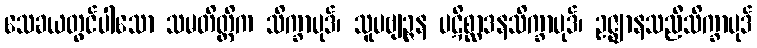
သေခယတွင်ပါသော သမတိတ္တိက သိက္ခာပုဒ်၊ သူပဗျဉ္ဇန ပဋိစ္ဆာဒနသိက္ခာပုဒ်၊ ဥဇ္ဈာနသညီသိက္ခာပုဒ်